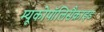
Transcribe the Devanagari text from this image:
म्यूकोपॉलिसैक्राइड